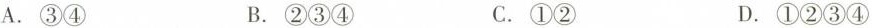
A.③④ B.②③④ C.①② D.①②③④